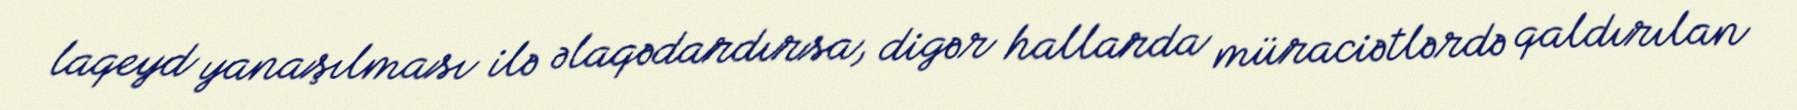
laqeyd yanaşılması ilə əlaqədardırsa, digər hallarda müraciətlərdə qaldırılan